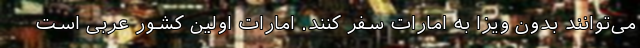
می‌توانند بدون ویزا به امارات سفر کنند. امارات اولین کشور عربی است